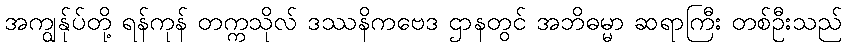
အကျွန်ုပ်တို့ ရန်ကုန် တက္ကသိုလ် ဒဿနိကဗေဒ ဌာနတွင် အဘိဓမ္မာ ဆရာကြီး တစ်ဦးသည်